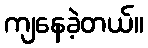
ကျနေခဲ့တယ်။